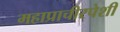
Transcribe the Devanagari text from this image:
महाप्राचीरपेशी